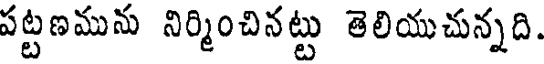
పట్టణమును నిర్మించినట్టు తెలియుచున్నది.